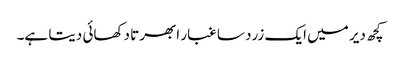
کچھ دیر میں ایک زرد سا غبار ابھرتا دکھائی دیتا ہے۔